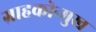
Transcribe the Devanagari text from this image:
ग्राहकोन्मुख